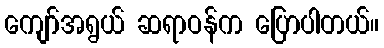
ကျော်အရွယ် ဆရာဝန်က ပြောပါတယ်။